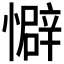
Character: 𫻏